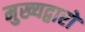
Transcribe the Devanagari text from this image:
मुख्यद्वारों